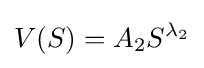
V(S)=A_{2}S^{\lambda _{2}}